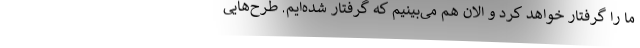
ما را گرفتار خواهد کرد و الان هم می‌بینیم که گرفتار شده‌ایم. طرح‌هایی